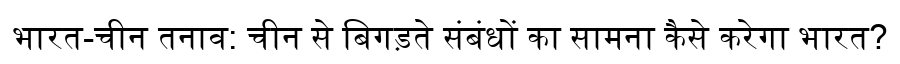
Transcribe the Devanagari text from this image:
भारत-चीन तनाव: चीन से बिगड़ते संबंधों का सामना कैसे करेगा भारत?